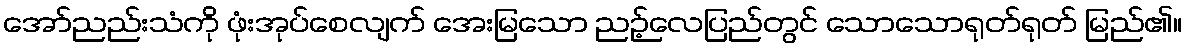
အော်ညည်းသံကို ဖုံးအုပ်စေလျက် အေးမြသော ညဉ့်လေပြည်တွင် သောသောရုတ်ရုတ် မြည်၏။